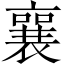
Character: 襄